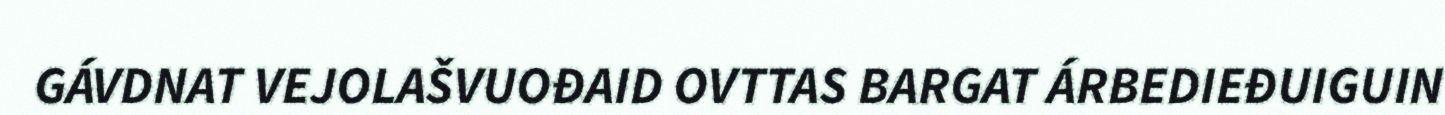
GÁVDNAT VEJOLAŠVUOĐAID OVTTAS BARGAT ÁRBEDIEĐUIGUIN